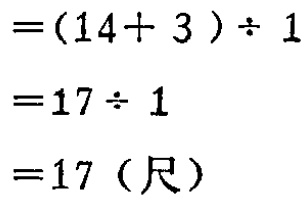
\[

\begin{align*}

&=(14 + 3)\div1\\

&=17\div1\\

&=17（尺）

\end{align*}

\]